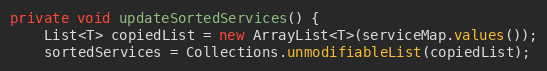
Language: Java
private void updateSortedServices() {
    List<T> copiedList = new ArrayList<T>(serviceMap.values());
    sortedServices = Collections.unmodifiableList(copiedList);